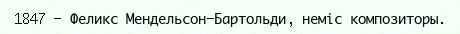
1847 — Феликс Мендельсон-Бартольди, неміс композиторы.